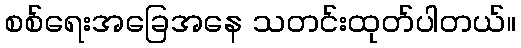
စစ်ရေးအခြေအနေ သတင်းထုတ်ပါတယ်။